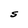
Character: S